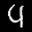
Label: 4